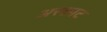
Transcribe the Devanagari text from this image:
अरकाट